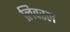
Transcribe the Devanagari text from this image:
लिवरल